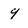
Character: 9